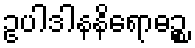
ဥပါဒါနနိရောဓဉ္စ